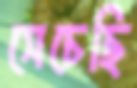
সেচেছি